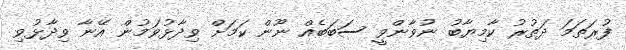
ފުރަތަމަ ދަތުރު ކާމިޔާބު ނުވާންވީ ސަބަބެއް ނޫން ކަމަށް ވިދާޅުވަމުން އޭނާ ވިދާޅުވި